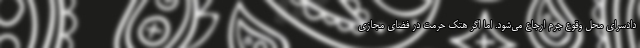
دادسرای محل وقوع جرم ارجاع می‌شود. اما اگر هتک حرمت در فضای مجازی